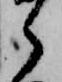
ら